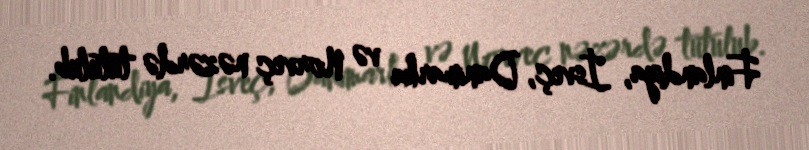
Finlandiya, İsveç, Danimarka və Norveç nəzərdə tutulub.